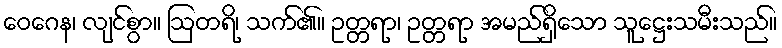
ဝေဂေန၊ လျင်စွာ။ ဩတရိ၊ သက်၏။ ဥတ္တရာ၊ ဥတ္တရာ အမည်ရှိသော သူဋ္ဌေးသမီးသည်။